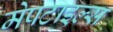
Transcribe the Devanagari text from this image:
मेपटाइल्स